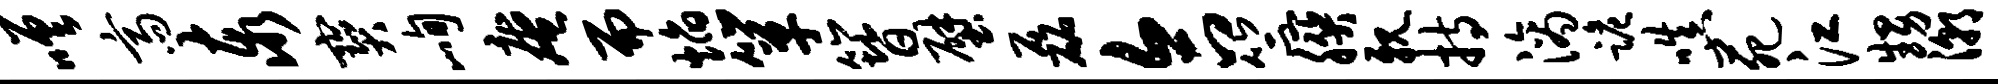
嗟斋泰宝峋庵而焰箪簪壁磊合竺朕亲持滴跪嗔苑江甥潮